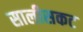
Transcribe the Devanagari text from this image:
सालीसकट